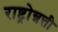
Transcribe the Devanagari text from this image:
राष्ट्रोन्नत्ती